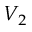
V _ { 2 }